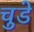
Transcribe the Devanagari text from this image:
चुडे